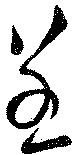
呈